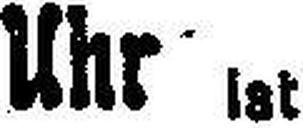
Uhr Ist